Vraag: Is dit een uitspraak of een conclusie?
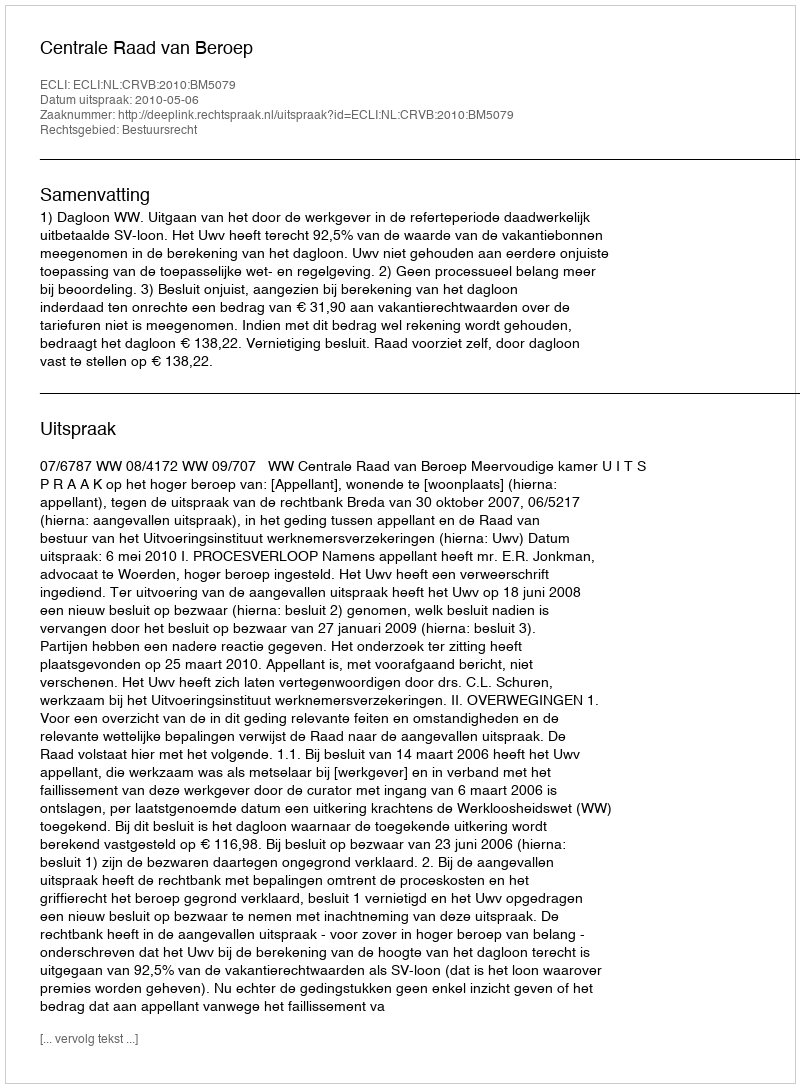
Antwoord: Uitspraak